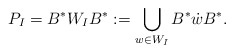
\begin{align*}P_I=B^*W_IB^*:=\bigcup_{w\in W_I}B^*\dot{w}B^*.\end{align*}